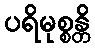
ပရိမုစ္စန္တိ